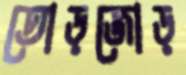
তোড়জোড়